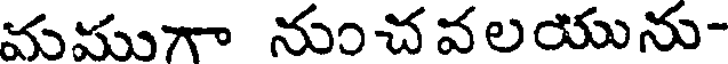
మముగా నుంచవలయును-